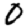
Digit: 0